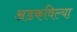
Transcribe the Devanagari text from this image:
अडकविल्या